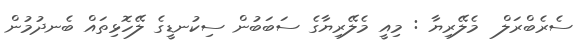
ސެރެބްރަލް  މެލޭރިޔާ : މިއީ މެލޭރިޔާގެ ސަބަބުން ސިކުނޑީގެ ލޭހޮޅިތައް ބެނދުމުން